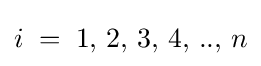
\displaystyle i\;=\;1,\,2,\,3,\,4,\,..,\,n